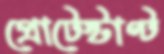
প্রোটেস্টাণ্ট